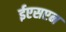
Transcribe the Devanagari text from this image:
ईएसएन